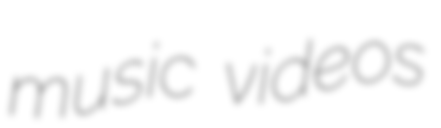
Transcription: music videos